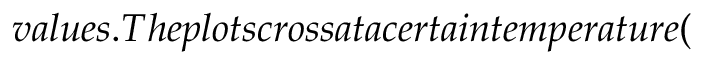
v a l u e s . T h e p l o t s c r o s s a t a c e r t a i n t e m p e r a t u r e (